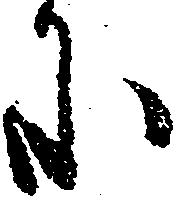
に